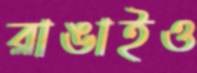
রাঙাইও